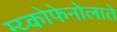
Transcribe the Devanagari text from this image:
म्य्कोफेनोलाते